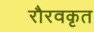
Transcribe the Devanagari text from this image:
रौरवकृत